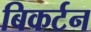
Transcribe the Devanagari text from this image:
बिकर्टन